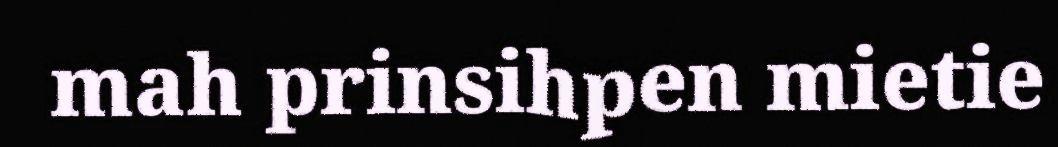
mah prinsihpen mietie